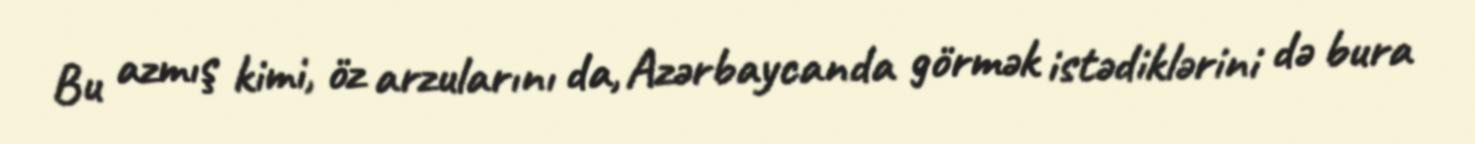
Bu azmış kimi, öz arzularını da, Azərbaycanda görmək istədiklərini də bura